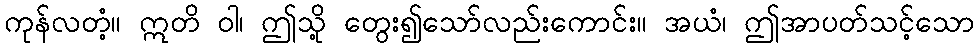
ကုန်လတံ့။ ဣတိ ဝါ၊ ဤသို့ တွေး၍သော်လည်းကောင်း။ အယံ၊ ဤအာပတ်သင့်သော